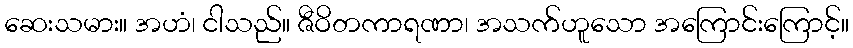
ဆေးသမား။ အဟံ၊ ငါသည်။ ဇီဝိတကာရဏာ၊ အသက်ဟူသော အကြောင်းကြောင့်။